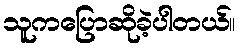
သူကပြောဆိုခဲ့ပါတယ်။